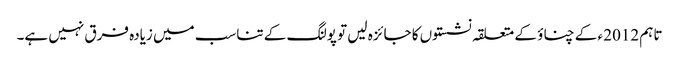
تاہم 2012 ء کے چناؤ کے متعلقہ نشستوں کا جائزہ لیں تو پولنگ کے تناسب میں زیادہ فرق نہیں ہے۔